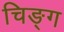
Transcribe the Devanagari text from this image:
चिङ्ग